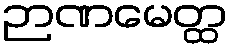
ဉာဏမေတ္ထ